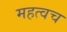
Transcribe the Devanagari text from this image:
महत्वच